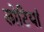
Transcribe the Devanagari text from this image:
लोटियां